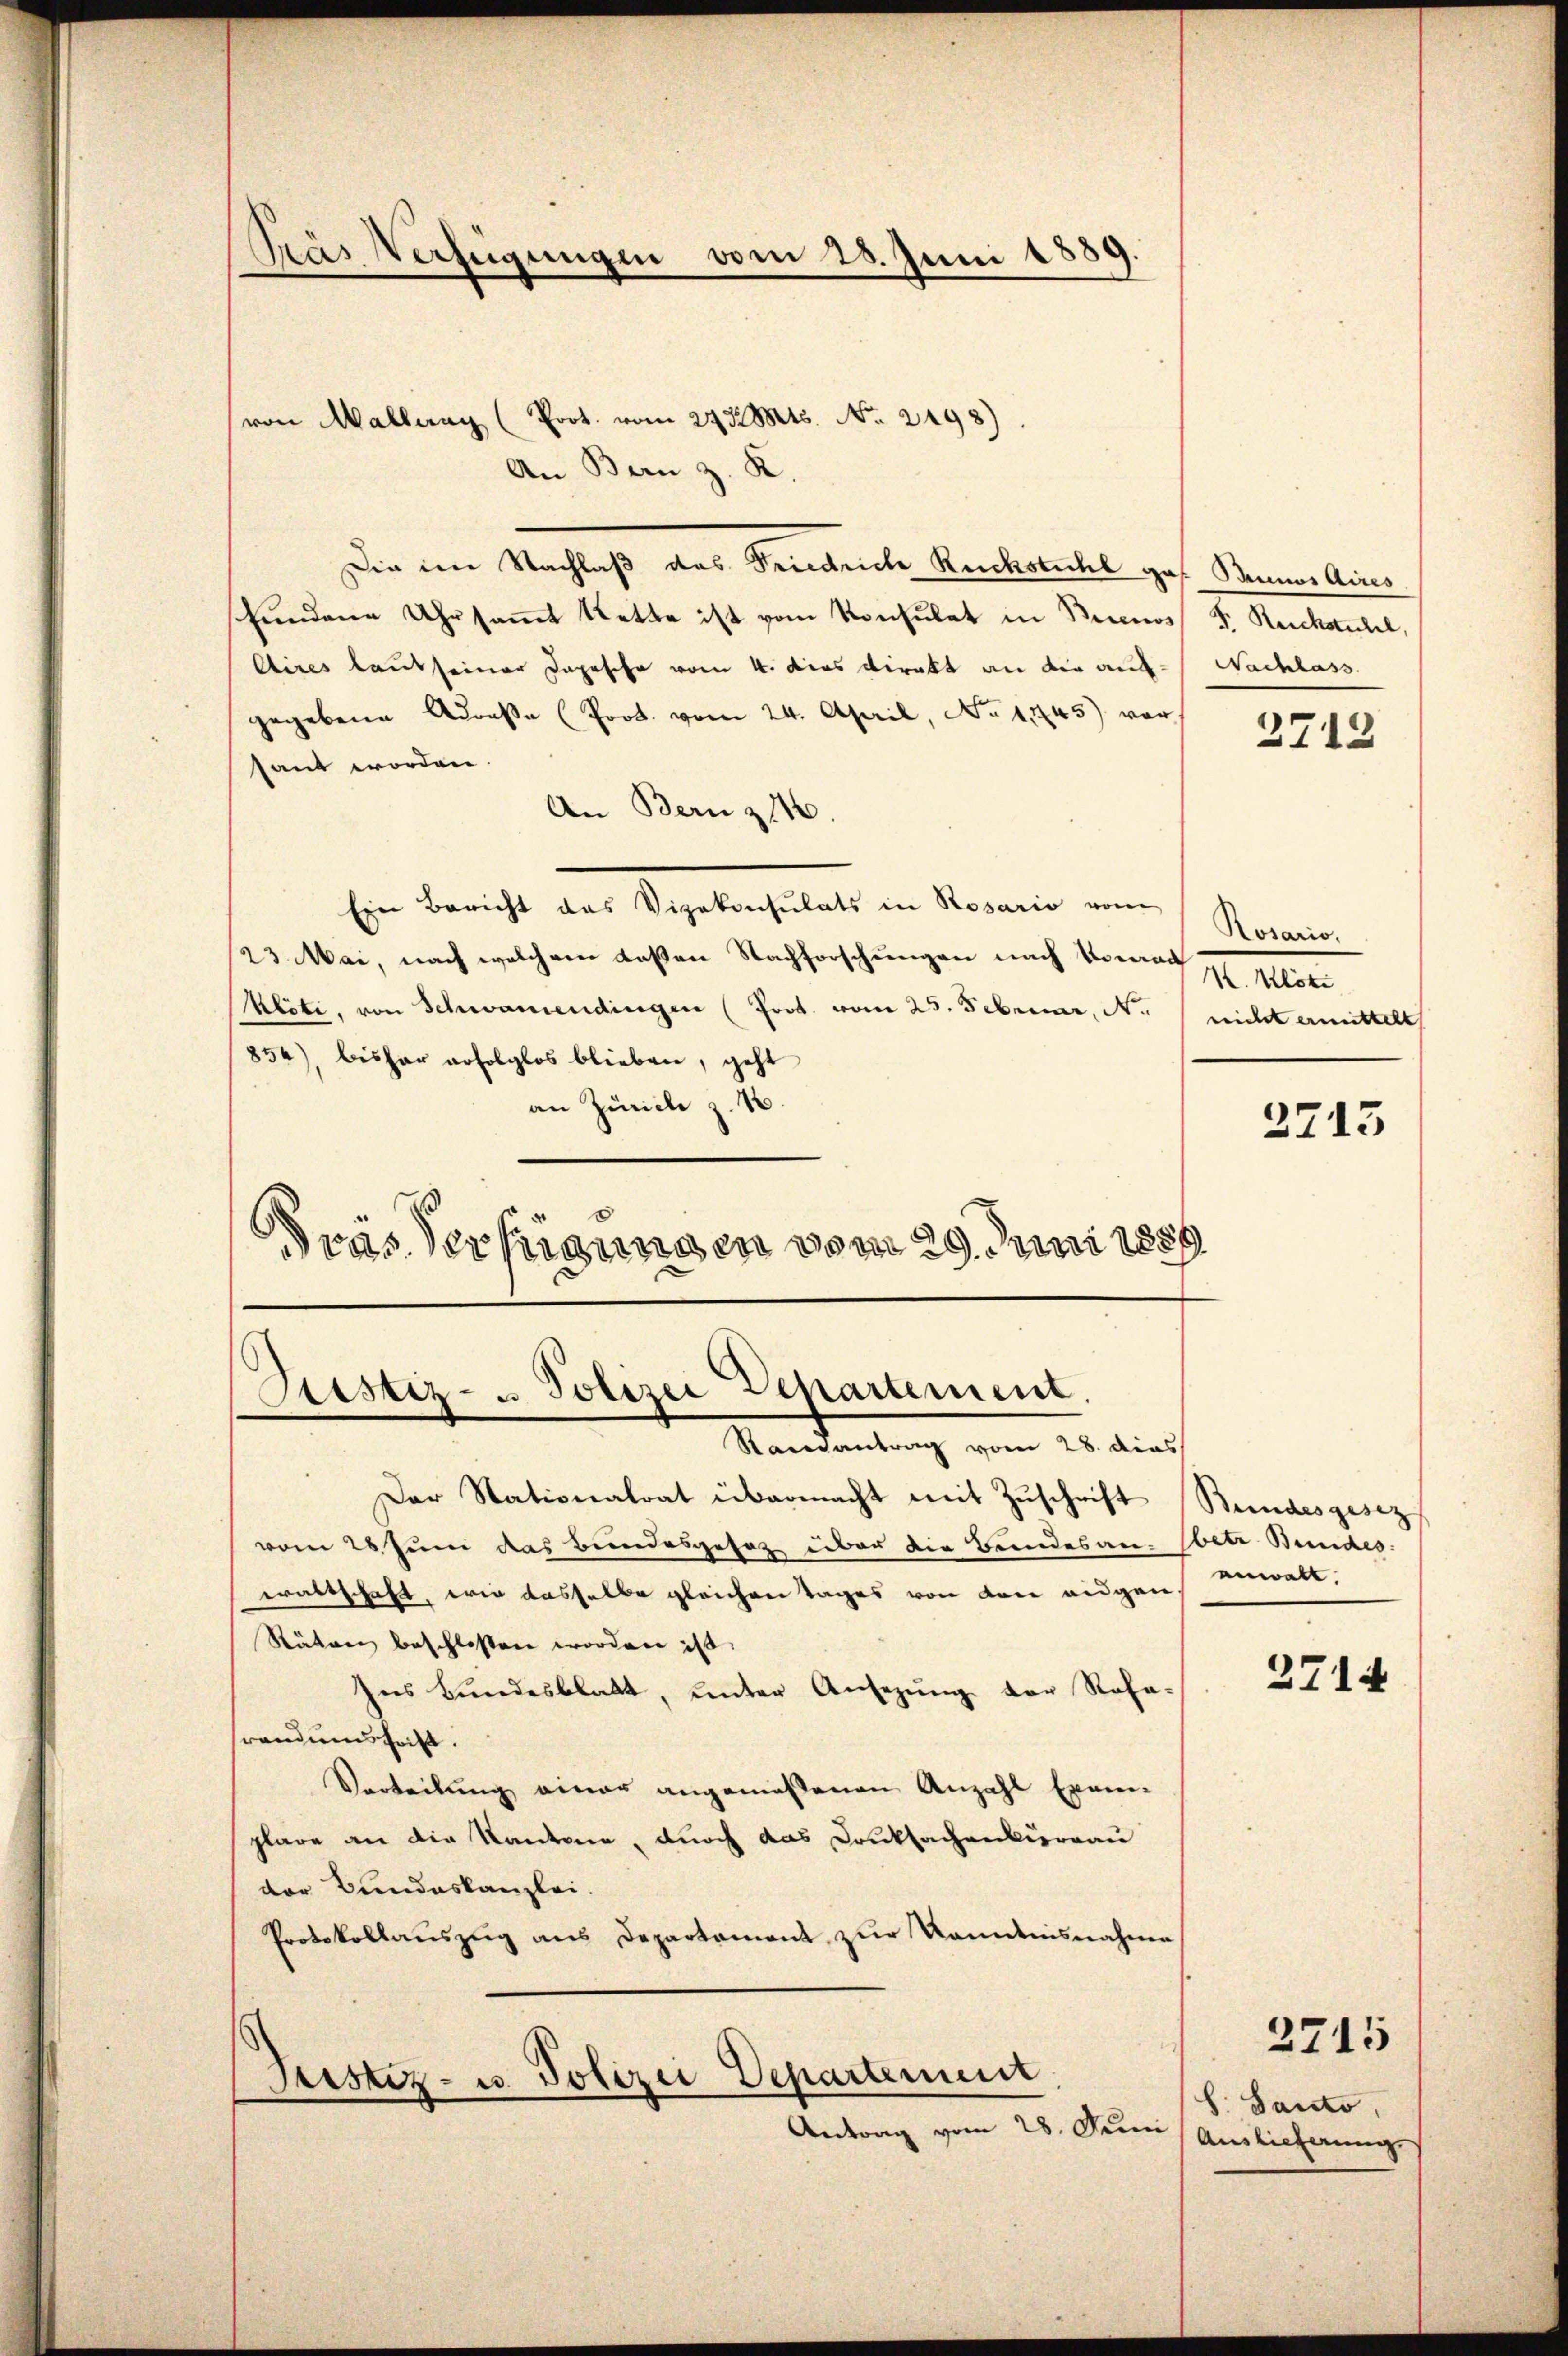
Prás Verfügungen vom 28. Juni 1889.

von Mallung (Prot. vom 27. 32 Mts. No. 2498)

An Bern z. K.
Die im Nachlaß das Heinriche Rückstuhl ges. Beines Arres
fundene Uhr saṁt Kette ist vom Konsulat in Buenos F. Ruckstuhl,
Aires laut seiner Depesche vom 4. das direkt an die aufgegebene Adresse (Prod. vom 24. April, No 11745) vor,
sant worden.
An Bern z 116.
Ein Bericht das Vizekonsulats in Rosario von Rosario,
23. Mai, nach welchem deßen Nachforschungen nach Vornach 7 Klote
Mloti, von Schwamendingen (Prot. vom 25. Februar, Nr. nicht ermittelt
854), bisher erfolglos blieben, geht
an Zürich z. 16.
was der eigen den vom 29. Juni 1889

Bestiz- u. Polizei Departement.
Samantrag vom 28. dies

Der Stationalrat übermacht mit Zuschrift
vom 28. Juni das Bundesgesetz über die Bundesan-
waltschaft, wie dasselbe gleichen Tages von von eidgen
Stäten beschlossen worden ist.
Ins Bundesblatt, unter Ansezung der Roha-
randiens heist.
Verteilung einer angemeßenen Anzahl Exem-
plare an die Kantone, durch das Druksachenkierau
der Bundeskanzlei.
Protokollauszug aus Departament zur Kenntnisnahme

Justiz- u. Polizei Departement
Antrag vom 28. Juni

Nachlass

2712

2713

Bundesgesez
(betr. Bundes:
anwalt.

2714

S. Santo
Auslieferung.

3715